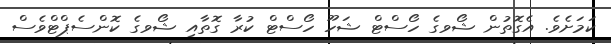
ކަމަށެވެ. އެގޮތުން ޝޯވގެ ހޯސްޓް ޝަހޫ ހޯސްޓް ކުރާ ގޮތާއި ޝޯވގެ ކޮންސެޕްޓްވެސް